Annual report of the Imperial Bacteriologist
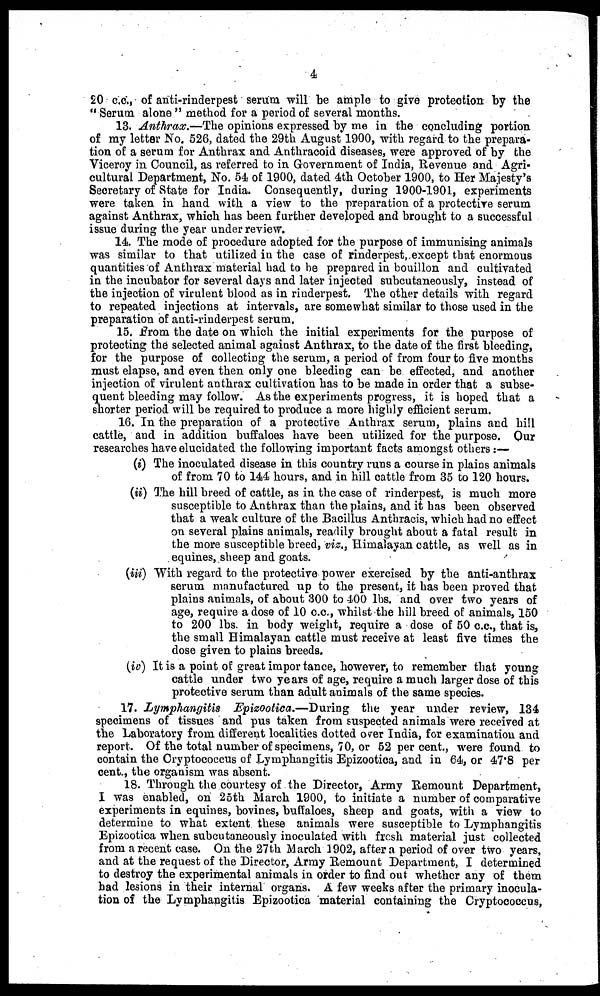
4
20 c.c., of anti-rinderpest serum will be ample to give protection by the
"Serum alone" method for a period of several months.
13. Anthrax.—The opinions expressed by me in the concluding portion
of my letter No. 526, dated the 29th August 1900, with regard to the prepara-
tion of a serum for Anthrax and Anthracoid diseases, were approved of by the
Viceroy in Council, as referred to in Government of India, Revenue and Agri-
cultural Department, No. 54 of 1900, dated 4th October 1900, to Her Majesty's
Secretary of State for India. Consequently, during 1900-1901, experiments
were taken in hand with a view to the preparation of a protective serum
against Anthrax, which has been further developed and brought to a successful
issue during the year under review.
14. The mode of procedure adopted for the purpose of immunising animals
was similar to that utilized in the case of rinderpest, except that enormous
quantities of Anthrax material had to he prepared in bouillon and cultivated
in the incubator for several days and later injected subcutaneously, instead of
the injection of virulent blood as in rinderpest. The other details with regard
to repeated injections at intervals, are somewhat similar to those used in the
preparation of anti-rinderpest serum.
15. From the date on which the initial experiments for the purpose of
protecting the selected animal against Anthrax, to the date of the first bleeding,
for the purpose of collecting the serum, a period of from four to five months
must elapse, and even then only one bleeding can be effected, and another
injection of virulent anthrax cultivation has to be made in order that a subse-
quent bleeding may follow. As the experiments progress, it is hoped that a
shorter period will be required to produce a more highly efficient serum.
16. In the preparation of a protective Anthrax serum, plains and hill
cattle, and in addition buffaloes have been utilized for the purpose. Our
researches have elucidated the following important facts amongst others :—
(i) The inoculated disease in this country runs a course in plains animals
of from 70 to 144 hours, and in hill cattle from 35 to 120 hours.
(ii) The hill breed of cattle, as in the case of rinderpest, is much more
susceptible to Anthrax than the plains, and it has been observed
that a weak culture of the Bacillus Anthracis, which had no effect
on several plains animals, readily brought about a fatal result in
the more susceptible breed, viz., Himalayan cattle, as well as in
equines, sheep and goats.
(iii) With regard to the protective power exercised by the anti-anthrax
serum manufactured up to the present, it has been proved that
plains animals, of about 300 to 100 lbs. and over two years of
age, require a dose of 10 c.c., whilst the hill breed of animals, 150
to 200 lbs. in body weight, require a dose of 50 c.c., that is,
the small Himalayan cattle must receive at least five times the
dose given to plains breeds.
(iv) It is a point of great importance, however, to remember that young
cattle under two years of age, require a much larger dose of this
protective serum than adult animals of the same species.
17. Lymphangitis Epizootica.—During the year under review, 134
specimens of tissues and pus taken from suspected animals were received at
the Laboratory from different localities dotted over India, for examination and
report. Of the total number of specimens, 70, or 52 per cent., were found to
contain the Cryptococcus of Lymphangitis Epizootica, and in 64, or 47.8 per
cent., the organism was absent.
18. Through the courtesy of the Director, Army Remount Department,
I was enabled, on 25th March 1900, to initiate a number of comparative
experiments in equines, bovines, buffaloes, sheep and goats, with a view to
determine to what extent, these animals were susceptible to Lymphangitis
Epizootica when subcutaneously inoculated with fresh material just collected
from a recent case. On the 27th March 1902, after a period of over two years,
and at the request of the Director, Army Remount Department, I determined
to destroy the experimental animals in order to find out whether any of them
had lesions in their internal organs. A few weeks after the primary inocula-
tion of the Lymphangitis Epizootica material containing the Cryptococcus,